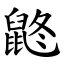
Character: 鼨